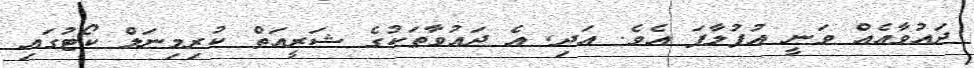
ދައުވާއެއް ވަނީ އުފުލާފަ އެވެ. އަދި